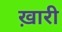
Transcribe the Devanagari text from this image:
ख़ारी